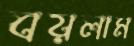
বয়লাম